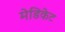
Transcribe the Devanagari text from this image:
मेडिकेट